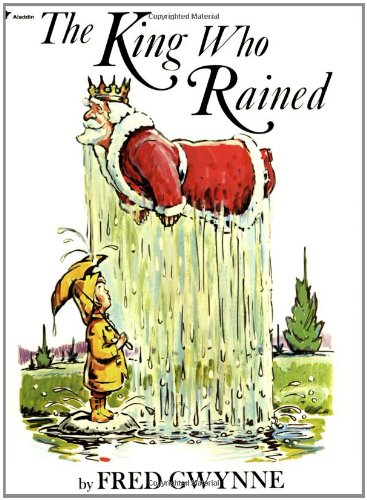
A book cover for The King Who Rained; Fred Gwynne; Reference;